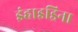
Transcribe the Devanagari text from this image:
इंहाइड्रिना